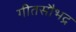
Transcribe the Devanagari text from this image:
गीतसौभद्र